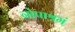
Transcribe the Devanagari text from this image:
नोपाश्रमं